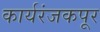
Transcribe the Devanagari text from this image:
कार्यरंजकपूर